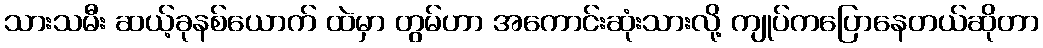
သားသမီး ဆယ့်ခုနစ်ယောက် ထဲမှာ တွမ်ဟာ အကောင်းဆုံးသားလို့ ကျုပ်ကပြောနေတယ်ဆိုတာ